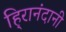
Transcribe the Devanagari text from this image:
हि्रानंदानी